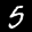
Label: 5